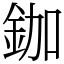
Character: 鉫